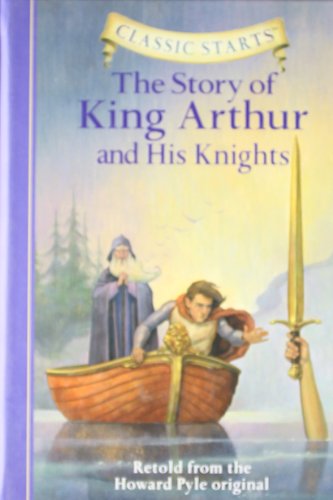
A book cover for The Story of King Arthur & His Knights (Classic Starts); Howard Pyle; Children's Books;